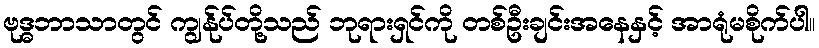
ဗုဒ္ဓဘာသာတွင် ကျွန်ုပ်တို့သည် ဘုရားရှင်ကို တစ်ဦးချင်းအနေနှင့် အာရုံမစိုက်ပါ။